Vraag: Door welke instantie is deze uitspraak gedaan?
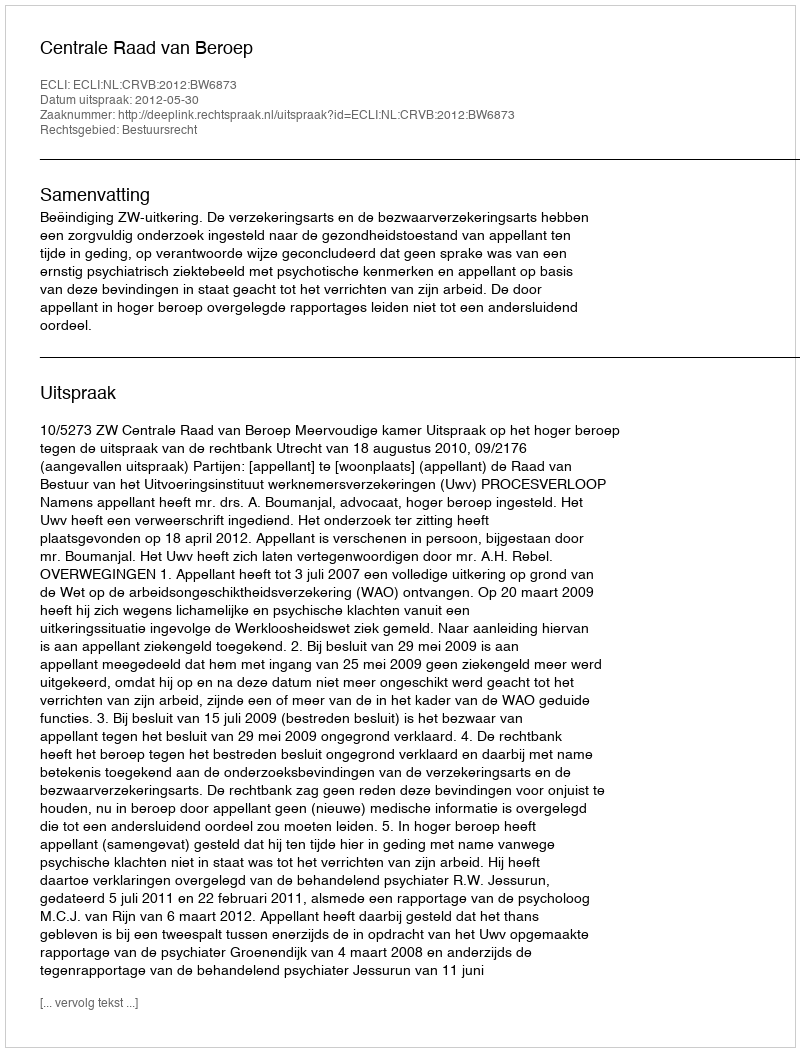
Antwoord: Centrale Raad van Beroep